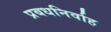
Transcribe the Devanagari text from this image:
प्रबधनिर्वाह